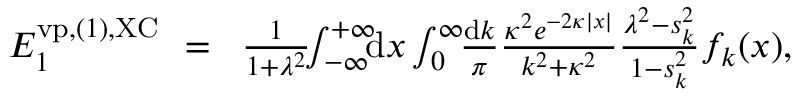
\begin{array} { r l r } { { \cal E } _ { 1 } ^ { \ensuremath { \mathrm { v p } } , ( 1 ) , \mathrm { X C } } \! \! } & { = } & { \! \frac { 1 } { 1 + \lambda ^ { 2 } } \! \! \int _ { - \infty } ^ { + \infty } \! \! \! \mathrm { d } x \int _ { 0 } ^ { \infty } \! \! \frac { \mathrm d k } { \pi } \frac { \kappa ^ { 2 } e ^ { - 2 \kappa | x | } } { k ^ { 2 } + \kappa ^ { 2 } } \frac { \lambda ^ { 2 } - s _ { k } ^ { 2 } } { 1 - s _ { k } ^ { 2 } } f _ { k } ( x ) , \; \; \; \; } \end{array}